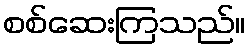
စစ်ဆေးကြသည်။